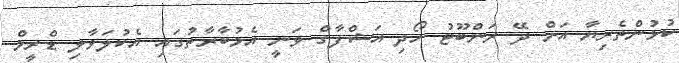
ކުޅުންތެރިޔާ އަށް ދޭ ރަންބޫޓު ހޯދި އަޝްފާގް ވަނީ އެމުބާރާތުގައި އެކުލަވާލި ޑްރީމް